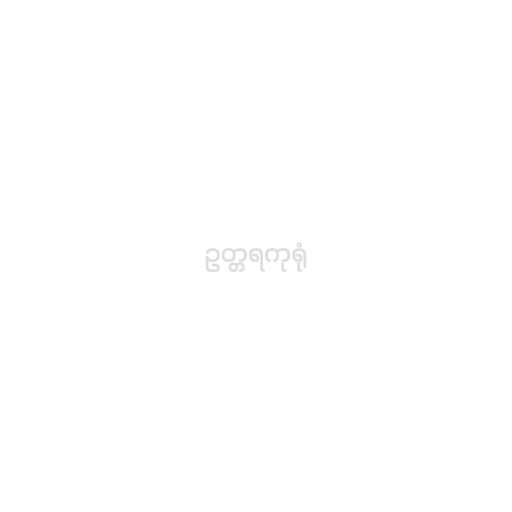
ဥတ္တရကုရုံ